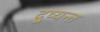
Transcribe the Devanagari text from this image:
दु्ष्यन्त